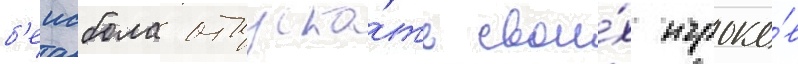
б'еисбола отпуска́ть свои́х игроко́в